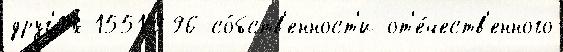
друг'и́х 1551996 со́бств'енност'и от'е́честв'енного